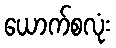
ယောက်စလုံး